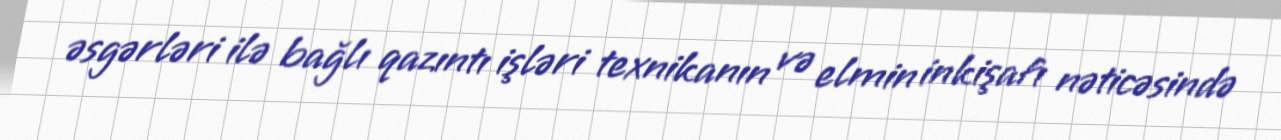
əsgərləri ilə bağlı qazıntı işləri texnikanın və elmin inkişafı nəticəsində